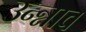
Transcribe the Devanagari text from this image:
उन्न्नाव